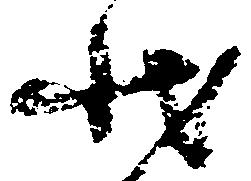
状